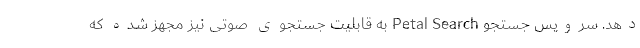
دهد. سرویس جستجو Petal Search به قابلیت جستجوی صوتی نیز مجهز شده که